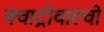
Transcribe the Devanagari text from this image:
क्वाट्रोवाल्वो